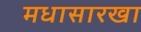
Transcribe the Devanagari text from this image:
मधासारखा